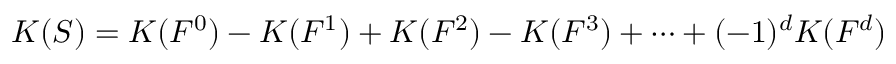
K ( S ) = K ( F ^ { 0 } ) - K ( F ^ { 1 } ) + K ( F ^ { 2 } ) - K ( F ^ { 3 } ) + \dots + ( - 1 ) ^ { d } K ( F ^ { d } )